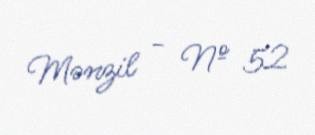
Mənzil - № 52